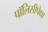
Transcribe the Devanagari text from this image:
पॉलिसीपेक्षा